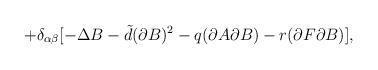
LaTeX: \begin{align*}+\delta_{\alpha\beta}[-\Delta B-{\tilde d}(\partial B)^{2}-q (\partial A\partial B) - r(\partial F\partial B)], \end{align*}